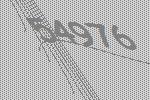
54976